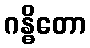
ဂန္ဓိတော